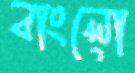
বাংলো